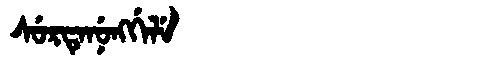
Manchu: ᠰᡠᡵᡨᡝᠨᡠᠩᡤᡝᠯᡝ
Romanization: SURTENUNGGELE